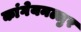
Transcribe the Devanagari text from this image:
कांगेयनल्लुर